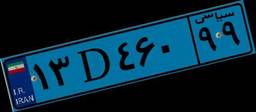
۱۳D۴۶۰۹۹